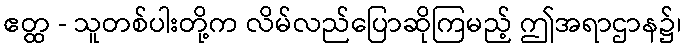
ဧတ္ထ - သူတစ်ပါးတို့က လိမ်လည်ပြောဆိုကြမည့် ဤအရာဌာန၌၊